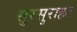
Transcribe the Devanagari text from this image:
सुरसुराहट